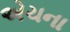
એચના